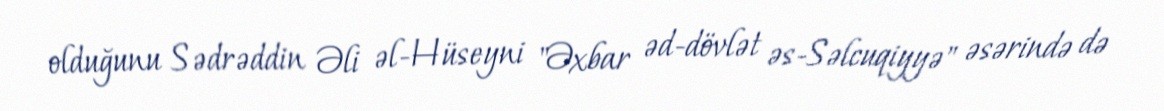
olduğunu Sədrəddin Əli əl-Hüseyni "Əxbar əd-dövlət əs-Səlcuqiyyə" əsərində də